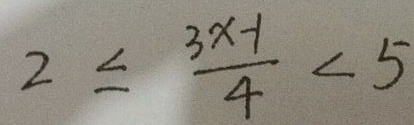
2 \leq \frac { 3 x - 1 } { 4 } < 5